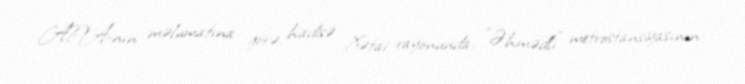
APA-nın məlumatına görə, hadisə Xətai rayonunda, "Əhmədli" metrostansiyasının